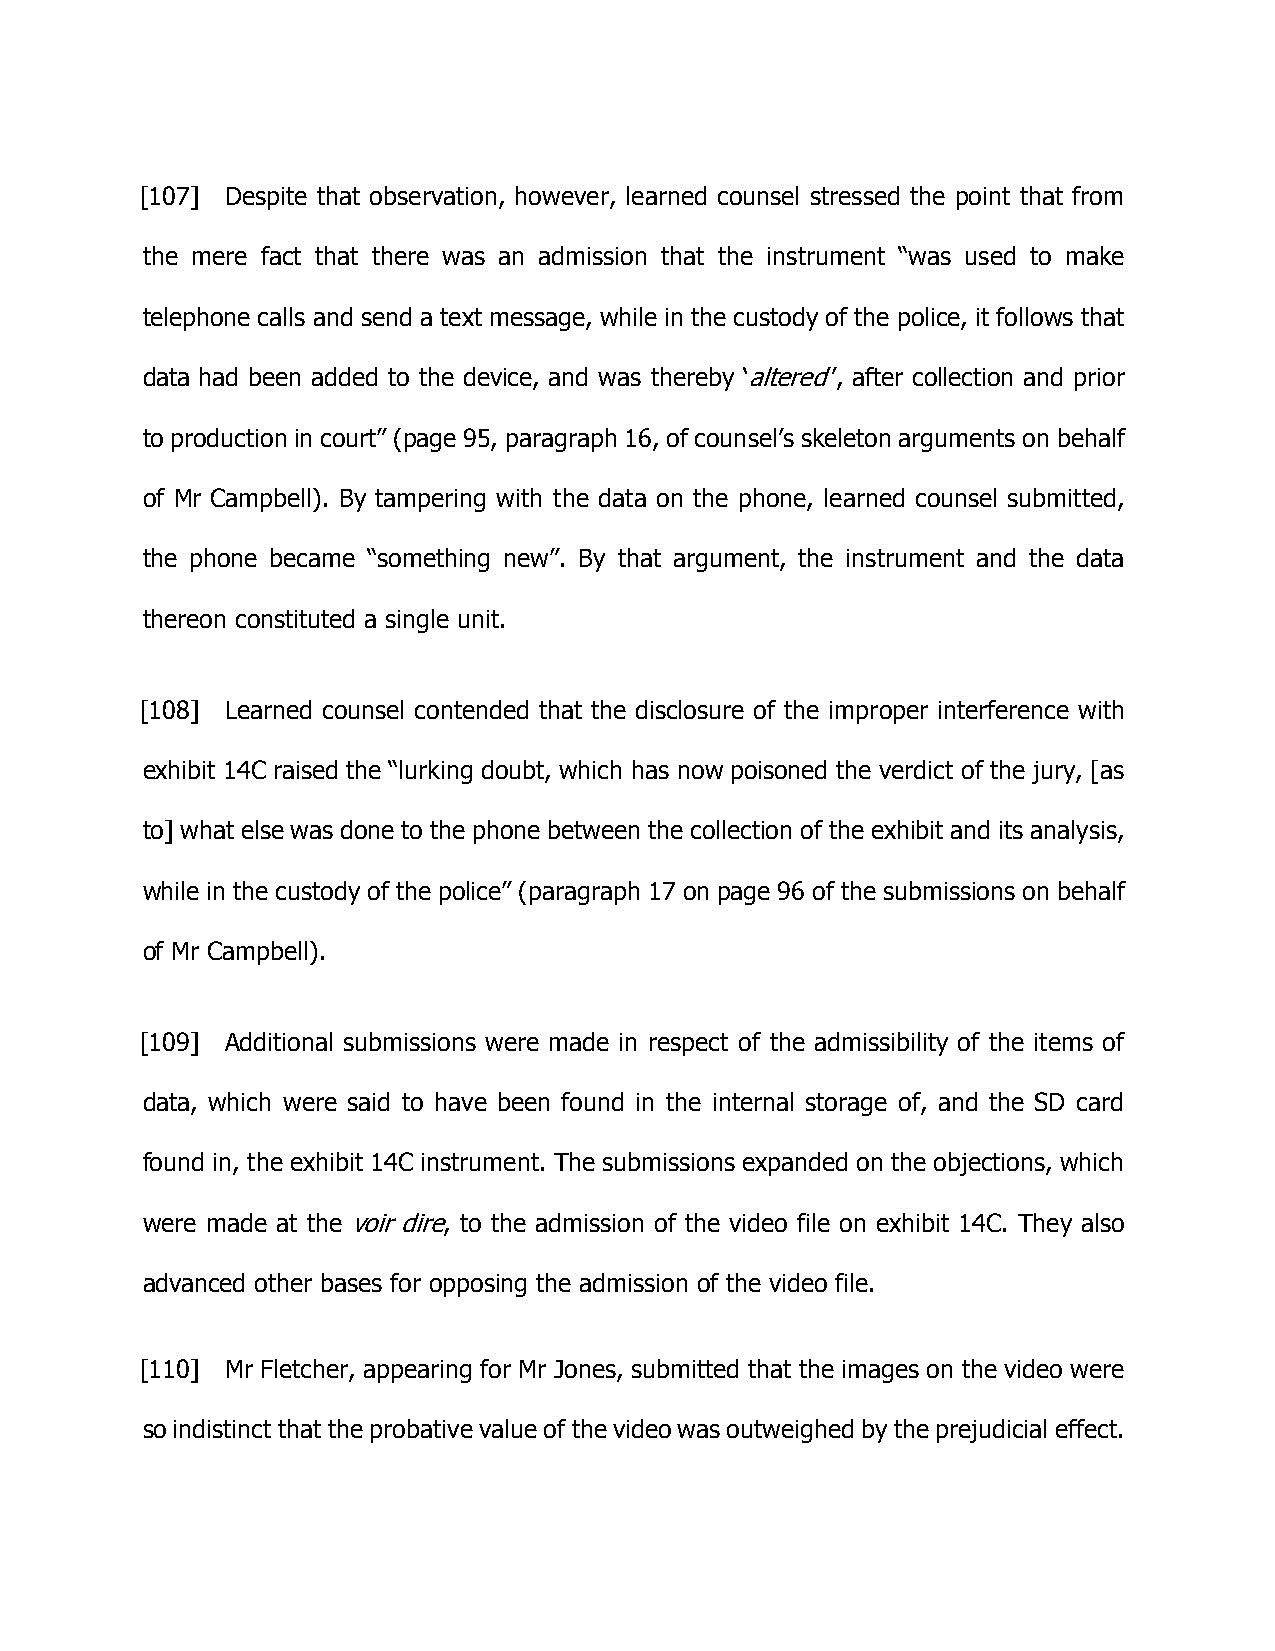
[107] Despite that observation, however, learned counsel stressed the point that from
 the mere fact that there was an admission that the instrument “was used to make
 telephone calls and send a text message, while in the custody of the police, it follows that
 data had been added to the device, and was thereby ‘altered’’, after collection and prior
 to production in court” (page 95, paragraph 16, of counsel’s skeleton arguments on behalf
 of Mr Campbell). By tampering with the data on the phone, learned counsel submitted,
 the phone became “something new”. By that argument, the instrument and the data
 thereon constituted a single unit.
 [108] Learned counsel contended that the disclosure of the improper interference with
 exhibit 14C raised the “lurking doubt, which has now poisoned the verdict of the jury, [as
 to] what else was done to the phone between the collection of the exhibit and its analysis,
 while in the custody of the police” (paragraph 17 on page 96 of the submissions on behalf
 of Mr Campbell).
 [109] Additional submissions were made in respect of the admissibility of the items of
 data, which were said to have been found in the internal storage of, and the SD card
 found in, the exhibit 14C instrument. The submissions expanded on the objections, which
 were made at the voir dire, to the admission of the video file on exhibit 14C. They also
 advanced other bases for opposing the admission of the video file.
 [110] Mr Fletcher, appearing for Mr Jones, submitted that the images on the video were
 so indistinct that the probative value of the video was outweighed by the prejudicial effect.